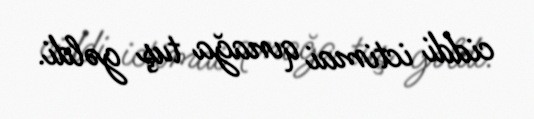
ciddi ictimai qınağa tuş gəldi.